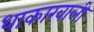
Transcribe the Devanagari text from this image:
धाकाखाली